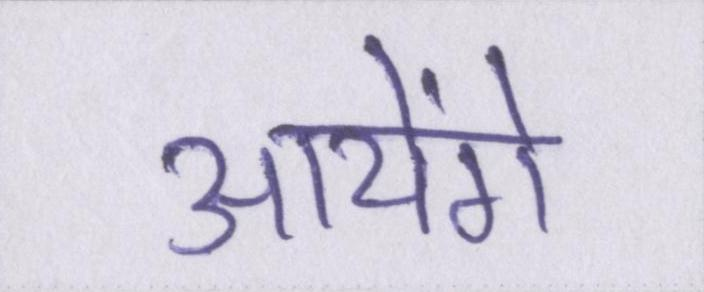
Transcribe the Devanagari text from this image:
आयेंगे